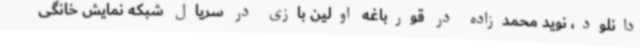
دانلود، نوید محمدزاده در قورباغه اولین بازی در سریال شبکه نمایش خانگی